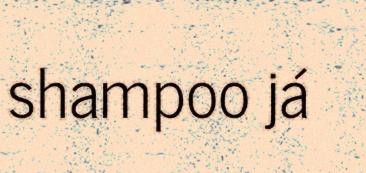
shampoo já